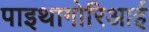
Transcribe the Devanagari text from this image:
पाइथागोरिआई